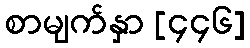
စာမျက်နှာ [၄၄၆]